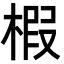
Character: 椵